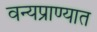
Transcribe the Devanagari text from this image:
वन्यप्राण्यात